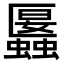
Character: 𧓱